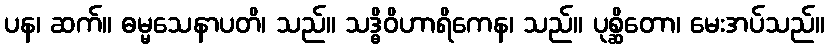
ပန၊ ဆက်။ ဓမ္မသေနာပတိ၊ သည်။ သဒ္ဓိဝိဟာရိကေန၊ သည်။ ပုစ္ဆိတော၊ မေးအပ်သည်။